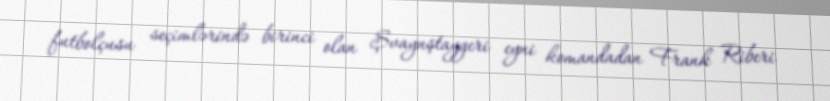
futbolçusu seçimlərində birinci olan Şvaynştaygeri eyni komandadan Frank Riberi